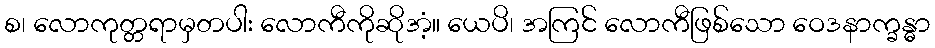
စ၊ လောကုတ္တရာမှတပါး လောကီကိုဆိုအံ့။ ယေပိ၊ အကြင် လောကီဖြစ်သော ဝေဒနာက္ခန္ဓာ